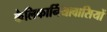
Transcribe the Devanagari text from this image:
कैलिफार्नियावासियों